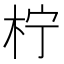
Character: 柠